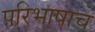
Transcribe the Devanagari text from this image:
परिभाषाच